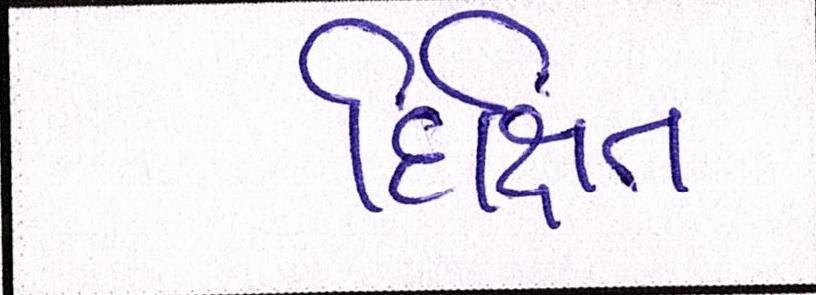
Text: દિક્ષિત